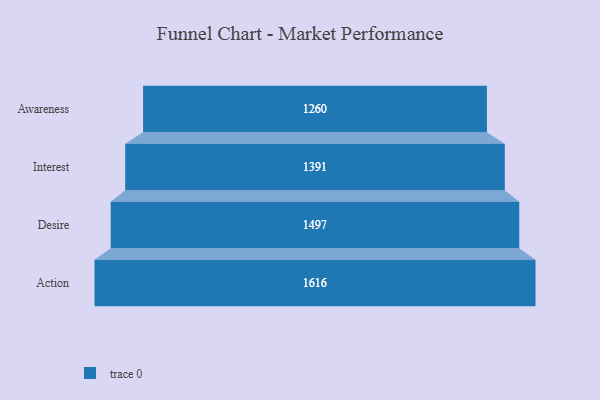
{"axis": {"x": "Stage", "y": "Value"}, "legend": [""], "data": [{"x": "Awareness", "y": 1260.0, "type": ""}, {"x": "Interest", "y": 1391.0, "type": ""}, {"x": "Desire", "y": 1497.0, "type": ""}, {"x": "Action", "y": 1616.0, "type": ""}]}